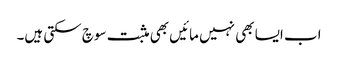
اب ایسا بھی نہیں مائیں بھی مثبت سوچ سکتی ہیں۔